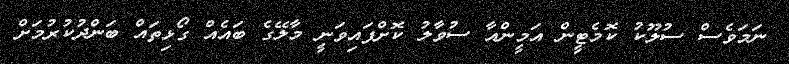
ނަމަވެސް ސުލޫކު ކޮމެޓީން އަމީންއާ ސުވާލު ކޮށްފައިވަނީ މާލޭގެ ބައެއް ގޯޅިތައް ބަންދުކުރުމަށް